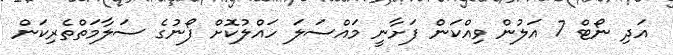
އަދި ނޯޓް 7 އަލުން ވިއްކަން ފަށާނީ މައްސަލަ ހައްލުކޮށް ފޯނުގެ ސަލާމަތްތެރިކަން